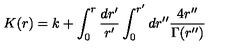
K ( r ) = k + \int _ { 0 } ^ { r } \frac { d r ^ { \prime } } { r ^ { \prime } } \int _ { 0 } ^ { r ^ { \prime } } d r ^ { \prime \prime } \frac { 4 r ^ { \prime \prime } } { \Gamma ( r ^ { \prime \prime } ) }